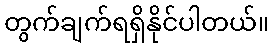
တွက်ချက်ရရှိနိုင်ပါတယ်။